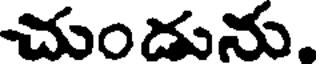
చుండును.